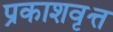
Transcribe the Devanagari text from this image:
प्रकाशवृत्त